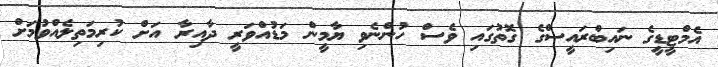
އެމްޓީޑީގެ ނައިބްރައީސްގެ ގޮތުގައި ވެސް ހުންނެވި ޔާމީން މަޑުއްވަރީ ދާއިރާ އަށް ކުރިމަތިލެއްވުމަށް